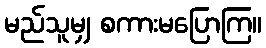
မည်သူမျှ စကားမပြောကြ။